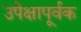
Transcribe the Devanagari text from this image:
उपेक्षापूर्वक